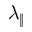
\lambda _ { \| }